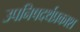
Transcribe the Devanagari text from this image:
उपनिषदर्थप्रकाश